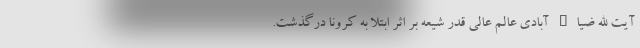
آیت الله ضیاء آبادی عالم عالی قدر شیعه بر اثر ابتلا به کرونا درگذشت.